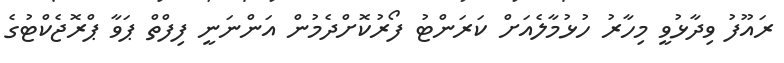
ރައޫފު ވިދާޅުވީ މިހާރު ހުޅުމާލެއަށް ކަރަންޓު ފޯރުކޮށްދެމުން އަންނަނީ ފިފްތް ޕަވާ ޕްރޮޖެކްޓުގެ